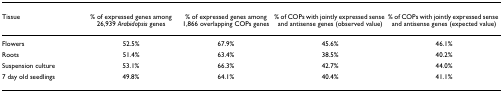
| Tissue | % of expressed genes among 26,939 Arabidopsis genes | % of expressed genes among 1,866 overlapping COPs genes | % of COPs with jointly expressed sense and antisense genes (observed value) | % of COPs with jointly expressed sense and antisense genes (expected value) |
 | --- | --- | --- | --- | --- |
 | Flowers | 52.5% | 67.9% | 45.6% | 46.1% |
 | Roots | 51.4% | 63.4% | 38.5% | 40.2% |
 | Suspension culture | 53.1% | 66.3% | 42.7% | 44.0% |
 | 7 day old seedlings | 49.8% | 64.1% | 40.4% | 41.1% |